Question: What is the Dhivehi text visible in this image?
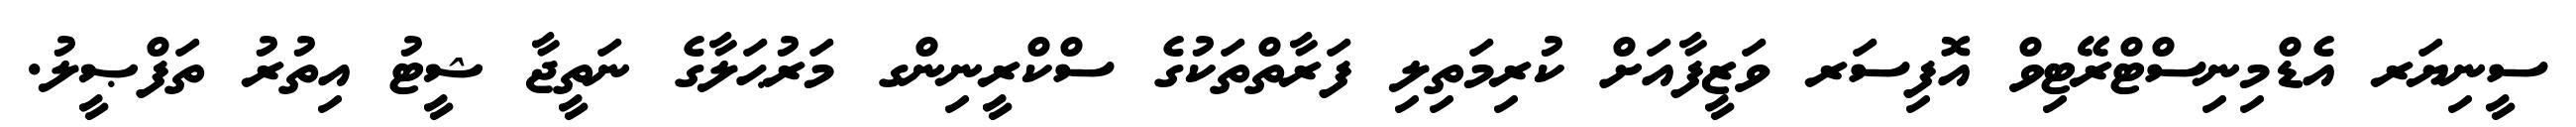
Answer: ސީނިޔަރ އެޑްމިނިސްޓްރޭޓިވް އޮފިސަރ ވަޒީފާއަށް ކުރިމަތިލި ފަރާތްތަކުގެ ސްކްރީނިންގ މަރުޙަލާގެ ނަތީޖާ ޝީޓު އިތުރު ތަފްޞީލު.